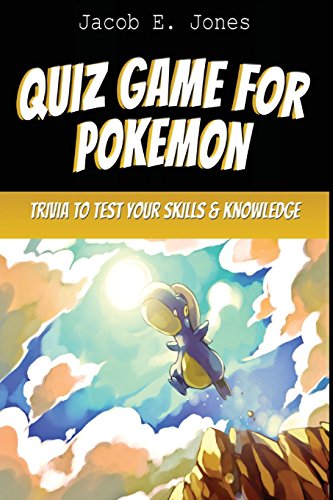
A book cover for Quiz Game For Pokemon: Trivia To Test Your Skills & Knowledge!; Jacob E Jones; Computers & Technology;